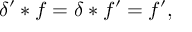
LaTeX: \delta ^ { \prime } * f = \delta * f ^ { \prime } = f ^ { \prime } ,